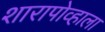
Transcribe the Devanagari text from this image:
शारापोव्हाला